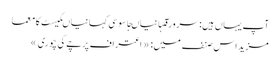
آپ یہاں ہیں: سرورقکہانیاںجاسوسی کہانیاںکیسٹ کا معما
مزید اس صنف میں: « اعتراف	پرچے کی چوری »